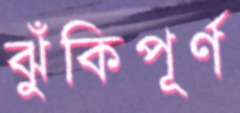
ঝুঁকিপূর্ণ